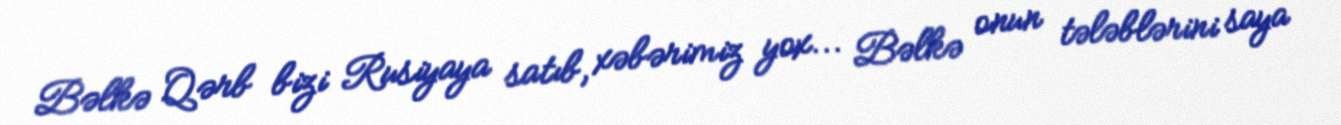
Bəlkə Qərb bizi Rusiyaya satıb, xəbərimiz yox... Bəlkə onun tələblərini saya